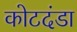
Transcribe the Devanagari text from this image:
कोटदंडा